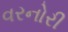
વરનોરી